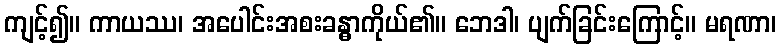
ကျင့်၍။ ကာယဿ၊ အပေါင်းအစးခန္ဓာကိုယ်၏။ ဘေဒါ၊ ပျက်ခြင်းကြောင့်။ မရဏာ၊